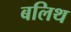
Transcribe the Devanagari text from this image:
बलिथ